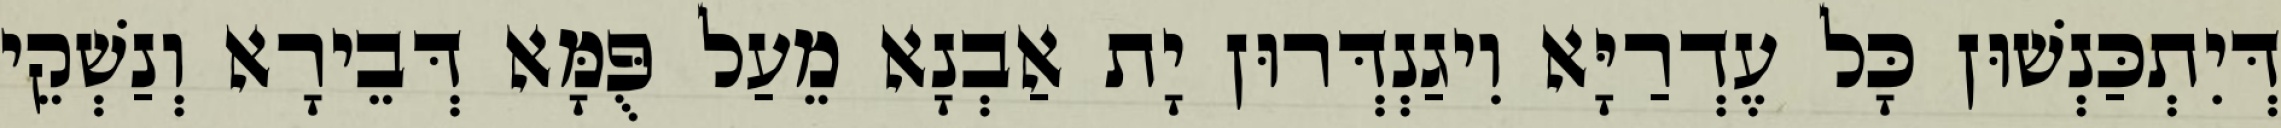
דְּיִתְכַּנְשׁוּן כָּל עֶדְרַיָּא וִיגַנְדְּרוּן יָת אַבְנָא מֵעַל פֻּמָּא דְּבֵירָא וְנַשְׁקֵי